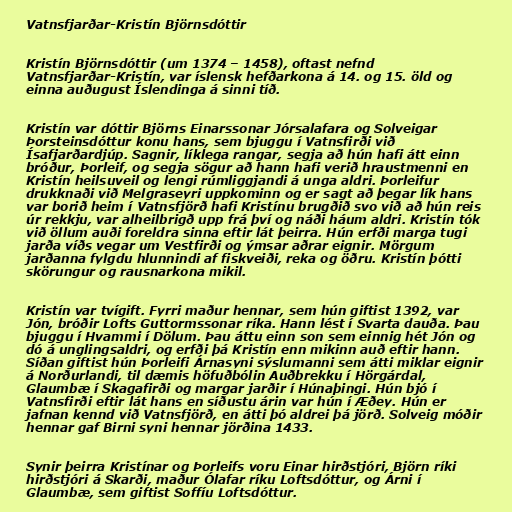
Vatnsfjarðar-Kristín Björnsdóttir

Kristín Björnsdóttir (um 1374 – 1458), oftast nefnd
Vatnsfjarðar-Kristín, var íslensk hefðarkona á 14. og 15. öld og
einna auðugust Íslendinga á sinni tíð.

Kristín var dóttir Björns Einarssonar Jórsalafara og Solveigar
Þorsteinsdóttur konu hans, sem bjuggu í Vatnsfirði við
Ísafjarðardjúp. Sagnir, líklega rangar, segja að hún hafi átt einn
bróður, Þorleif, og segja sögur að hann hafi verið hraustmenni en
Kristín heilsuveil og lengi rúmliggjandi á unga aldri. Þorleifur
drukknaði við Melgraseyri uppkominn og er sagt að þegar lík hans
var borið heim í Vatnsfjörð hafi Kristínu brugðið svo við að hún reis
úr rekkju, var alheilbrigð upp frá því og náði háum aldri. Kristín tók
við öllum auði foreldra sinna eftir lát þeirra. Hún erfði marga tugi
jarða víðs vegar um Vestfirði og ýmsar aðrar eignir. Mörgum
jarðanna fylgdu hlunnindi af fiskveiði, reka og öðru. Kristín þótti
skörungur og rausnarkona mikil.

Kristín var tvígift. Fyrri maður hennar, sem hún giftist 1392, var
Jón, bróðir Lofts Guttormssonar ríka. Hann lést í Svarta dauða. Þau
bjuggu í Hvammi í Dölum. Þau áttu einn son sem einnig hét Jón og
dó á unglingsaldri, og erfði þá Kristín enn mikinn auð eftir hann.
Síðan giftist hún Þorleifi Árnasyni sýslumanni sem átti miklar eignir
á Norðurlandi, til dæmis höfuðbólin Auðbrekku í Hörgárdal,
Glaumbæ í Skagafirði og margar jarðir í Húnaþingi. Hún bjó í
Vatnsfirði eftir lát hans en síðustu árin var hún í Æðey. Hún er
jafnan kennd við Vatnsfjörð, en átti þó aldrei þá jörð. Solveig móðir
hennar gaf Birni syni hennar jörðina 1433.

Synir þeirra Kristínar og Þorleifs voru Einar hirðstjóri, Björn ríki
hirðstjóri á Skarði, maður Ólafar ríku Loftsdóttur, og Árni í
Glaumbæ, sem giftist Soffíu Loftsdóttur.